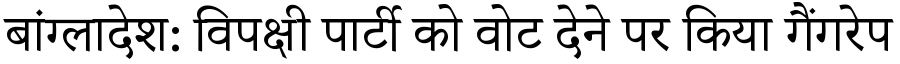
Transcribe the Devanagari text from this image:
बांग्लादेश: विपक्षी पार्टी को वोट देने पर किया गैंगरेप